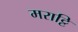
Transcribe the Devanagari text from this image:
मराट्टि